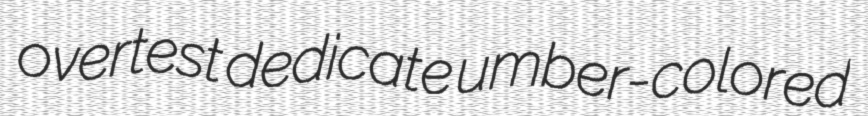
overtest dedicate umber-colored